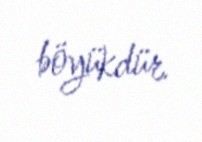
böyükdür.